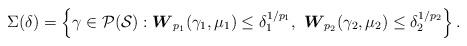
LaTeX: \begin{align*}\Sigma(\delta) = \left\{ \gamma \in \mathcal{P}(\mathcal{S}): \boldsymbol{W}_{p_1}(\gamma_{1}, \mu_1 ) \leq \delta_1^{1/p_1}, \ \boldsymbol{W}_{p_2}(\gamma_{2}, \mu_2 )\leq \delta_2^{1/p_2} \right\}.\end{align*}